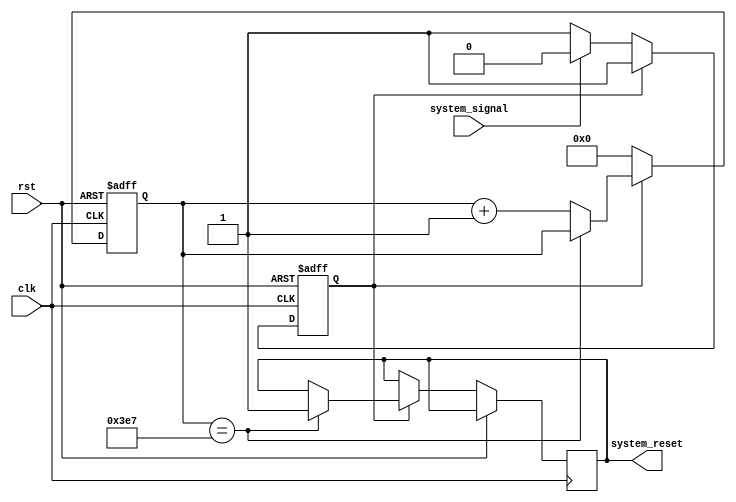
module watchdog_timer (
    input wire clk,
    input wire rst,
    input wire system_signal,
    output wire system_reset
);

reg [15:0] counter;
reg watchdog_active;

always @(posedge clk or posedge rst) begin
    if (rst) begin
        counter <= 16'd0;
        watchdog_active <= 1'b0;
    end else begin
        if (watchdog_active) begin
            if (counter == 16'd999) begin
                system_reset <= 1'b1;
            end else begin
                counter <= counter + 1;
            end
        end else begin
            counter <= 16'd0;
            if (!system_signal) begin
                watchdog_active <= 1'b1;
            end
        end
    end
end

endmodule